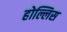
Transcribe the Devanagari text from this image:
होल्लिस